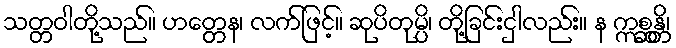
သတ္တဝါတို့သည်။ ဟတ္တေန၊ လက်ဖြင့်။ ဆုပိတုမ္ပိ၊ တို့ခြင်းငှါလည်း။ န ဣစ္ဆန္တိ၊